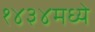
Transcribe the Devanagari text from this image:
१४३४मध्ये